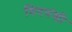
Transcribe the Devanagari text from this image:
विदवंशी